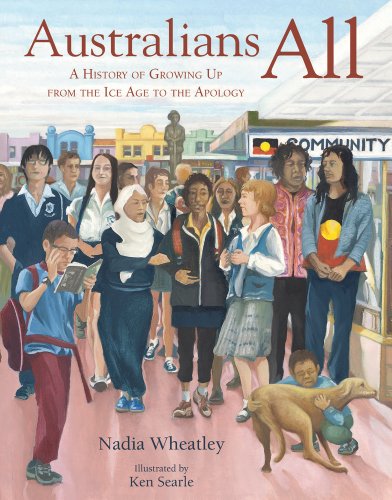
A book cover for Australians All; Nadia Wheatley; Children's Books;